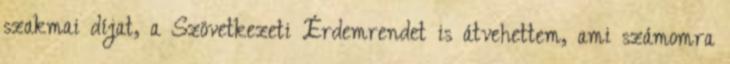
szakmai díjat, a Szövetkezeti Érdemrendet is átvehettem, ami számomra